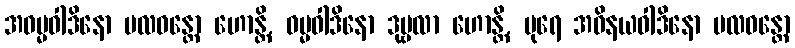
အဓမ္မဝါဒိနော ဗလဝန္တော ဟောန္တိ, ဓမ္မဝါဒိနော ဒုဗ္ဗလာ ဟောန္တိ, ပုရေ အဝိနယဝါဒိနော ဗလဝန္တော